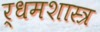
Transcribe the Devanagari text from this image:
र्धमशास्त्र